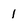
Character: 1